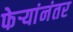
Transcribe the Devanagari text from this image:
फेर्‍यांनंतर